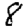
Digit: 8